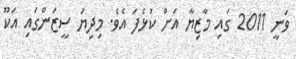
ވަނީ 2011 ގައި މާޒިޔާ އަށް ކުޅެފަ އެވެ. މިދިޔަ ސީޒަންގައި އަކޫ